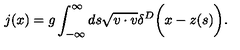
j ( x ) = g \int _ { - \infty } ^ { \infty } d s \sqrt { v \cdot v } \delta ^ { D } \biggl ( x - z ( s ) \biggr ) .